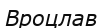
Вроцлав